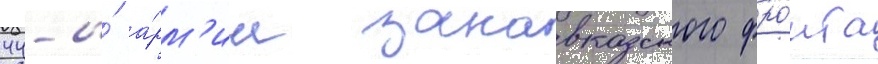
44-и́ а́рм'ии закавказского фро́нта